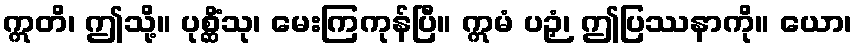
ဣတိ၊ ဤသို့။ ပုစ္ဆိံသု၊ မေးကြကုန်ပြီ။ ဣမံ ပဉှံ၊ ဤပြဿနာကို။ ယော၊